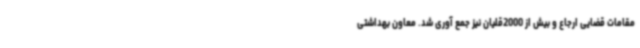
مقامات قضایی ارجاع و بیش از 2000قلیان نیز جمع آوری شد. معاون بهداشتی